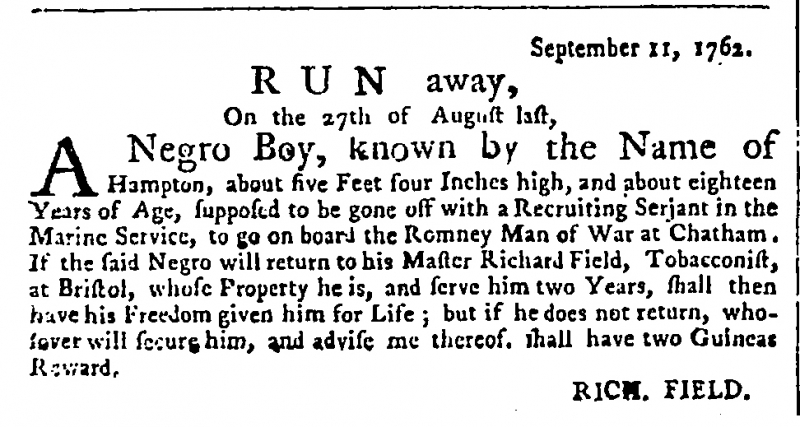
Public Advertiser, 23 September 1762 (England)
                                       September 11, 1762.                    R U N  away,              On the 27th of August last, A Negro Boy, known by the Name of Hampton, about five Feet Inches high, and about eighteen Years of Age, supposed to be gone off with a Recruiting Serjant in the Marine Service, to go on board the Romney Man of War at Chatham. If the said Negro will return to his Master Richard Field, Tobacconist, at Bristol, whose Property he is, and serve him two Years, shall then have his Freedom given him for Life; but if he does not return, whoever will secure him, and advise me thereof, shall have two Guineas Reward.                                       RICH. FIELD.